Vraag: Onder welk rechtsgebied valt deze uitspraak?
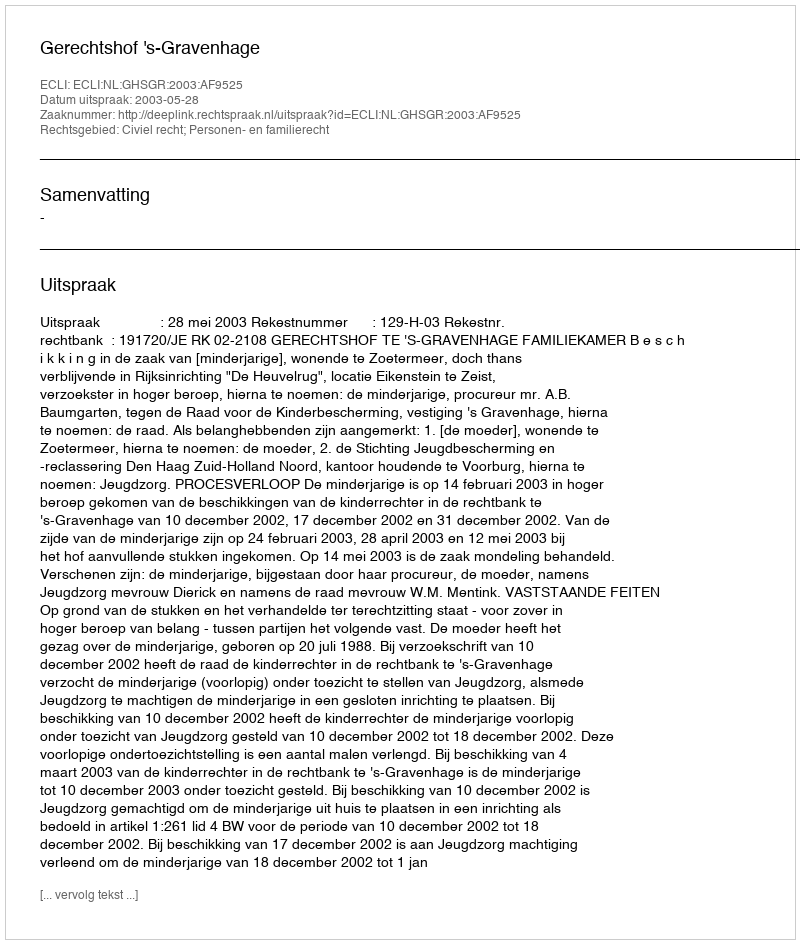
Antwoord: Civiel recht; Personen- en familierecht